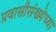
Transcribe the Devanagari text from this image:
प्रवासीसंख्येच्या